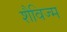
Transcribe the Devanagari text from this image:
शैविज्म